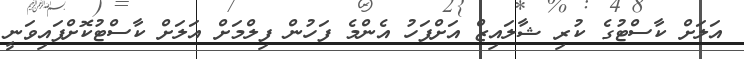
އަލަށް ކާސްޓުގެ ކުރި ޝާލައިޒް އަށްފަހު އެންމެ ފަހުން ފިލްމަށް އަލަށް ކާސްޓުކޮށްފައިވަނީ